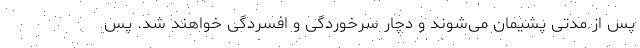
پس از مدتی پشیمان می‌شوند و دچار سرخوردگی و افسردگی خواهند شد. پس